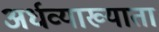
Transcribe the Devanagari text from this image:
अर्धव्याख्याता